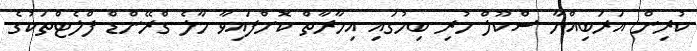
ކުރިން އަރަބިއްޔާ ސްކޫލް ހުރި ބިމުގައި އިމާރާތް ކޮށްފައިވާ މާލެ ގްރޭންޑް ފްލެޓްތަކުގެ